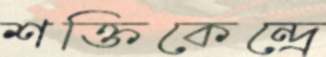
শক্তিকেন্দ্রে